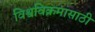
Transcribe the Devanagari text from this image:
विश्वविक्रमासाठी